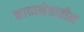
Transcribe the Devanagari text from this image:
काव्यक्षेत्रातील